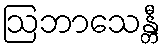
ဩဘာသေန္တီ